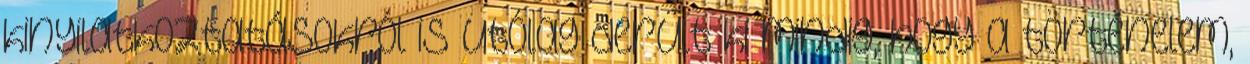
kinyilatkoztatásokról is utólag derült ki mindig, hogy a történelem,